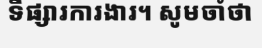
ទីផ្សារការងារ។ សូមចាំថា